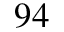
^ { 9 4 }